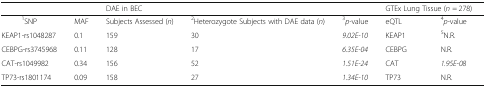
<table><thead><tr><td colspan="2"></td><td colspan="3"><b>DAE in BEC</b></td><td colspan="2"><b>GTEx Lung Tissue (<i>n</i> = 278)</b></td></tr></thead><tbody><tr><td><sup>1</sup>SNP</td><td>MAF</td><td>Subjects Assessed (<i>n</i>)</td><td><sup>2</sup>Heterozygote Subjects with DAE data (<i>n</i>)</td><td><sup>3</sup><i>p-</i>value</td><td>eQTL</td><td><sup>4</sup><i>p-</i>value</td></tr><tr><td>KEAP1-rs1048287</td><td>0.1</td><td>159</td><td>30</td><td><i>9.02E-10</i></td><td>KEAP1</td><td><sup>5</sup>N.R.</td></tr><tr><td>CEBPG-rs3745968</td><td>0.11</td><td>128</td><td>17</td><td><i>6.35E-04</i></td><td>CEBPG</td><td>N.R.</td></tr><tr><td>CAT-rs1049982</td><td>0.34</td><td>156</td><td>52</td><td><i>1.51E-24</i></td><td>CAT</td><td><i>1.95E-08</i></td></tr><tr><td>TP73-rs1801174</td><td>0.09</td><td>158</td><td>27</td><td><i>1.34E-10</i></td><td>TP73</td><td>N.R.</td></tr></tbody></table>